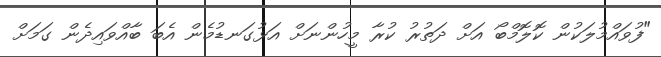
"ފުވައްމުލަކުން ކޮލޮމްބޯ އަށް ދަތުރު ކުރާ މީހުންނަށް އަޅުގަނޑުމެން އެބަ ބާއްވައިދެން ގަމަށް